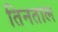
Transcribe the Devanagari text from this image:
तिनताल